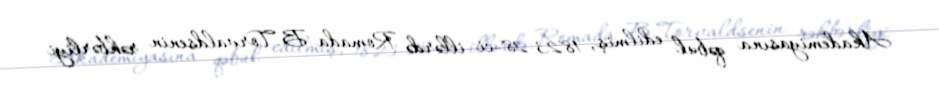
Akademiyasına qəbul edilmiş, 1823-28-ci illərdə Romada B.Torvaldsenin rəhbərliyi